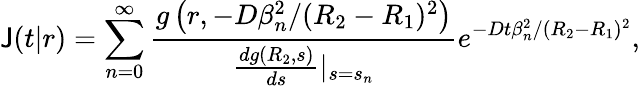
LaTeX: \mathsf{J}(t|r)=\sum_{n=0}^{\infty}\frac{{g\left(r,-D\beta_{n}^{2}/(R_{2}-R_{1})^{2}\right)}}{{\frac{{dg(R_{2},s)}}{{ds}}|_{s=s_{n}}}}e^{-Dt\beta_{n}^{2}/(R_{2}-R_{1})^{2}},